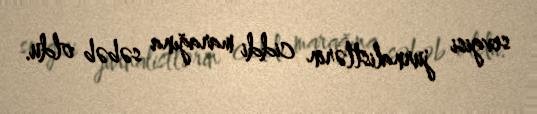
sevgisi jurnalistlərin ciddi marağına səbəb oldu.